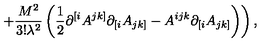
\left. + \frac { M ^ { 2 } } { 3 ! \lambda ^ { 2 } } \left( \frac 1 2 \partial ^ { [ i } A ^ { j k ] } \partial _ { [ i } A _ { j k ] } - A ^ { i j k } \partial _ { [ i } A _ { j k ] } \right) \right) ,